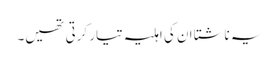
یہ ناشتا ان کی اہلیہ تیار کرتی تھیں۔